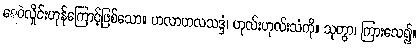
ရေဝဲလှိုင်းဟုန်ကြောင့်ဖြစ်သော။ ဟလာဟလသဒ္ဒံ၊ ဟုလ်းဟုလ်းသံကို။ သုတွာ၊ ကြားလေ၍။